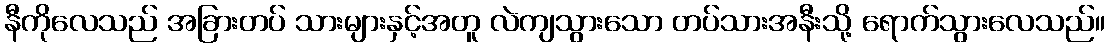
နီကိုလေသည် အခြားတပ် သားများနှင့်အတူ လဲကျသွားသော တပ်သားအနီးသို့ ရောက်သွားလေသည်။